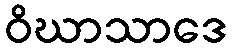
ဝိဃာသာဒေ